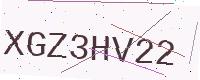
Text: XGZ3HV22